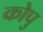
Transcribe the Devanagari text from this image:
कोपु